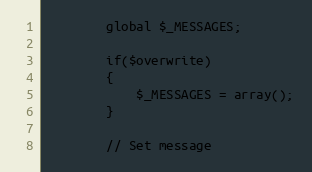
Language: PHP
		global $_MESSAGES;

		if($overwrite)
		{
			$_MESSAGES = array();
		}

		// Set message